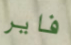
فاير